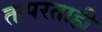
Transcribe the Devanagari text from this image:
तत्परताही